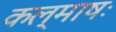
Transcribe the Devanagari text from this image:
कल्माषः